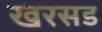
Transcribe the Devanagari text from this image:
खरसड